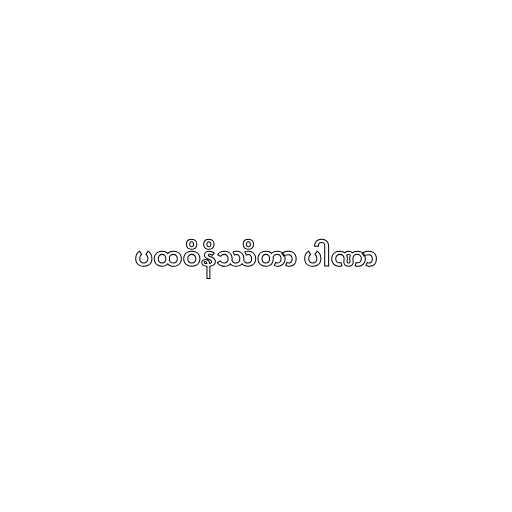
ပထဝိနိဿိတာ ပါဏာ